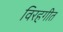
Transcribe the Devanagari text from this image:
विरहगीत